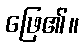
ဖြေ၏။